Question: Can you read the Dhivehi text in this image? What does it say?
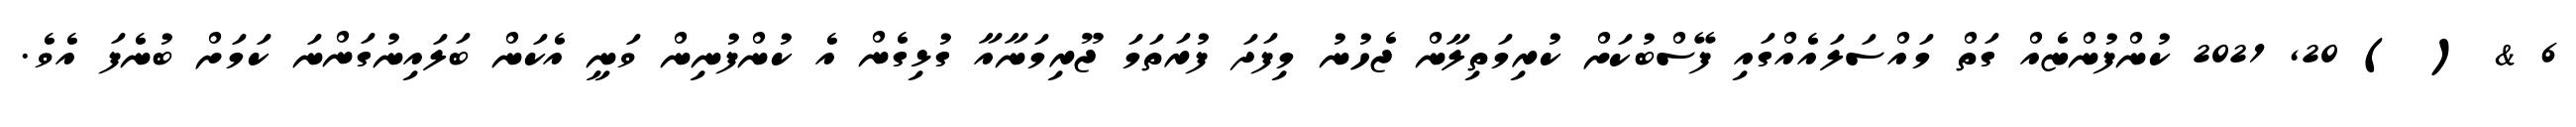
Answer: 6 & ( ) 20, 2021 ކުންފުންޏެއް ގަތް މައްސަލައެއްގައި ފޭސްބުކަށް ކުރިމަތިލާން ޖެހުނު މިފަދަ ފުރަތަމަ ޖޫރިމަނާއާ ގުޅިގެން އެ ކުންފުނިން ވަނީ އެކަން ބަލައިނުގަންނަ ކަމަށް ބުނެފަ އެވެ.